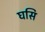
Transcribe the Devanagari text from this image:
घसि